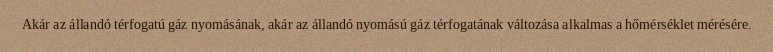
Akár az állandó térfogatú gáz nyomásának, akár az állandó nyomású gáz térfogatának változása alkalmas a hőmérséklet mérésére.